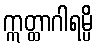
ဣတ္ထာဂါရမ္ပိ